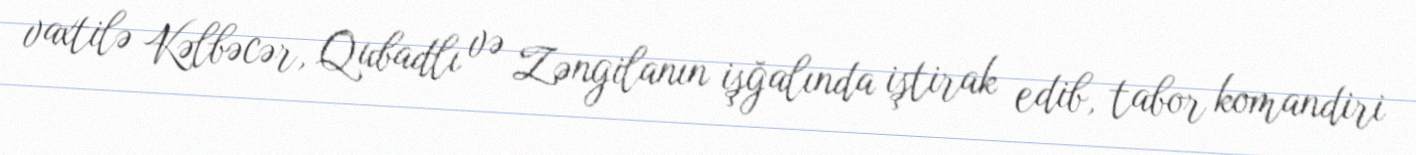
vaxtilə Kəlbəcər, Qubadlı və Zəngilanın işğalında iştirak edib, tabor komandiri